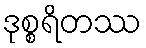
ဒုစ္စရိတဿ